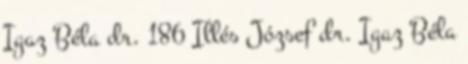
Igaz Béla dr. 186 Illés József dr. Igaz Béla